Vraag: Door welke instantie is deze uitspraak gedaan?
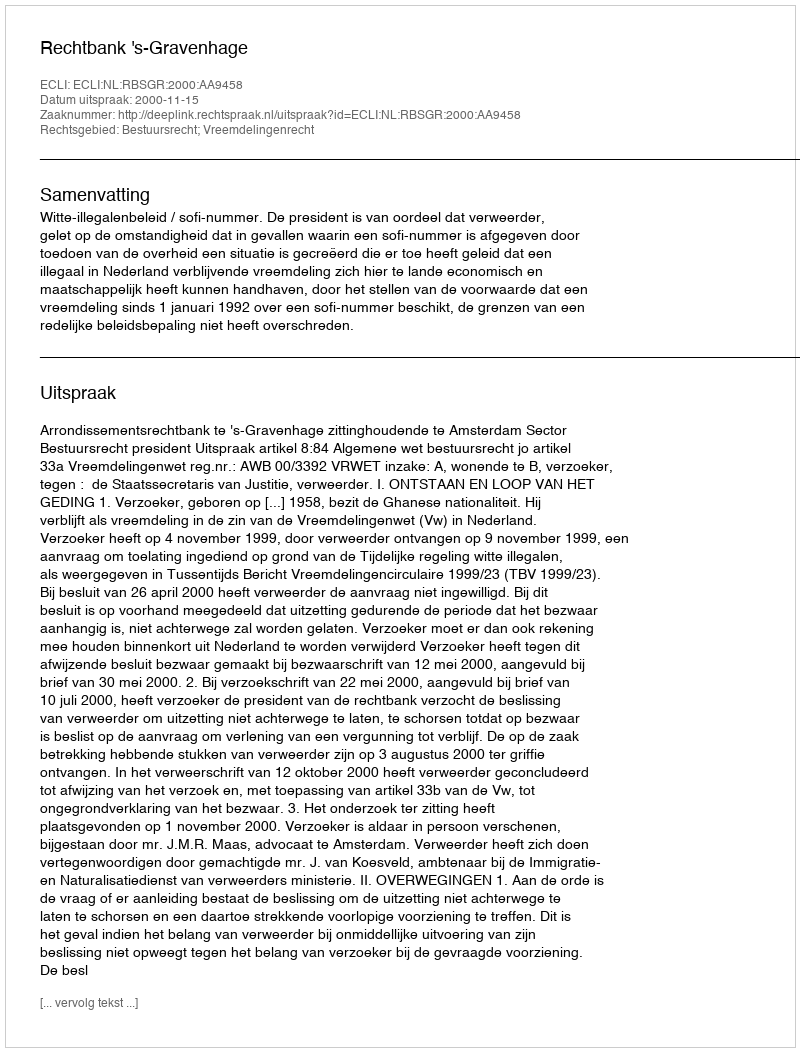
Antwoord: Rechtbank 's-Gravenhage